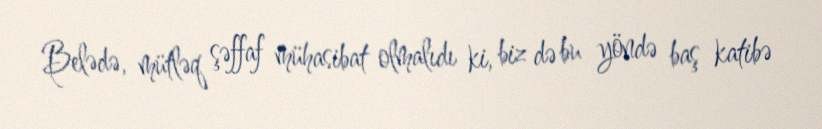
Belədə, mütləq şəffaf mühasibat olmalıdı ki, biz də bu yöndə baş katibə